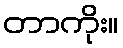
တာကိုး။